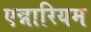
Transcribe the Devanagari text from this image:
एन्नारियम